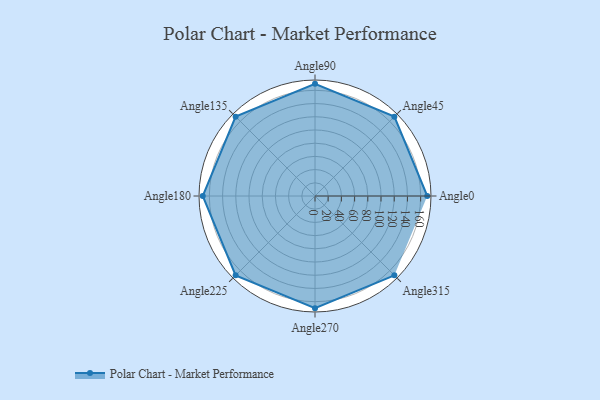
{"axis": {"x": "Angle", "y": "Radius"}, "legend": [""], "data": [{"x": "Angle0", "y": 170, "type": ""}, {"x": "Angle45", "y": 170, "type": ""}, {"x": "Angle90", "y": 170, "type": ""}, {"x": "Angle135", "y": 170, "type": ""}, {"x": "Angle180", "y": 170, "type": ""}, {"x": "Angle225", "y": 170, "type": ""}, {"x": "Angle270", "y": 170, "type": ""}, {"x": "Angle315", "y": 170, "type": ""}]}